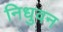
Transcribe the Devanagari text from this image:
निधुवन